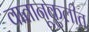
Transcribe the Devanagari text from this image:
वातानूकुलीत